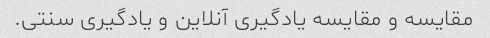
مقایسه و مقایسه یادگیری آنلاین و یادگیری سنتی.